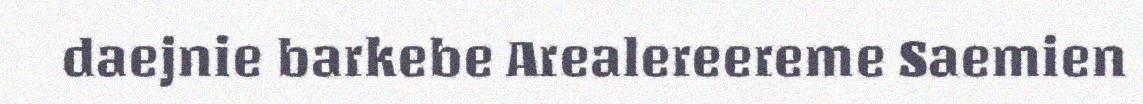
daejnie barkebe Arealereereme Saemien